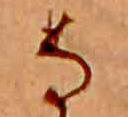
な